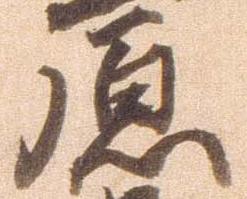
原